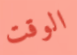
الوقت